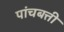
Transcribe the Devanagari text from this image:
पांचबत्ती